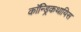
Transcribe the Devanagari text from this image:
कॉन्ड्रिकथायिस